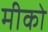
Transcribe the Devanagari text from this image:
मीको